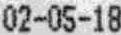
02-05-18